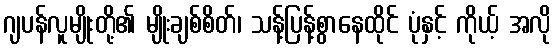
ဂျပန်လူမျိုးတို့၏ မျိုးချစ်စိတ်၊ သန့်ပြန့်စွာနေထိုင် ပုံနှင့် ကိုယ့် အလို